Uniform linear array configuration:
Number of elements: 24
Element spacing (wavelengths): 0.25
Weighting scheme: blackman
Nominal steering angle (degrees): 15
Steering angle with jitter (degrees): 16.531
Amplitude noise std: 0.05
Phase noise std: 0.05

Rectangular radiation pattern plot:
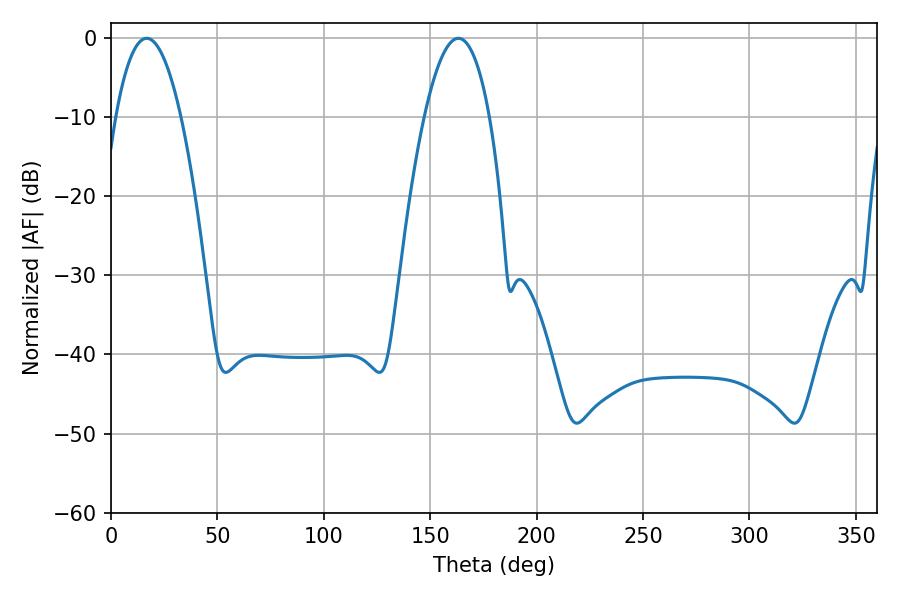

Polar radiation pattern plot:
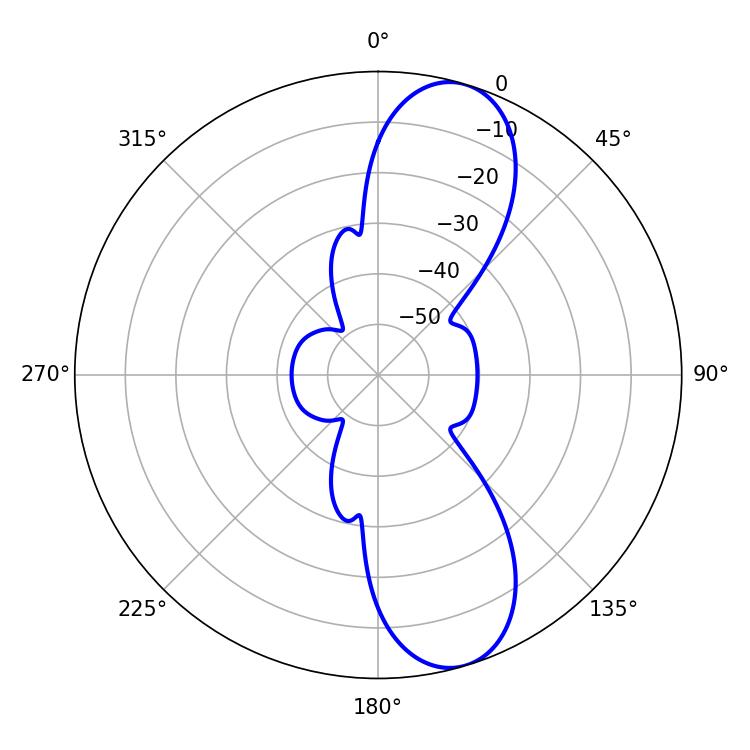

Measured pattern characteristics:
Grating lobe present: FALSE
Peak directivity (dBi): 10.321
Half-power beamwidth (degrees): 16.92
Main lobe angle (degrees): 16.74